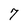
Character: 7